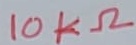
Text: 10KΩ